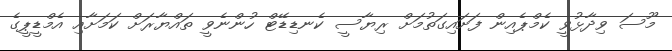
މޫސަ ވިދާޅުވީ ކެމްޕެއިން ފަށައިގަތުމަށް ރިޔާސީ ކެނޑިޑޭޓް ހުންނެވީ ތައްޔާރަށް ކަމަށާއި އެމްޑީޕީގެ